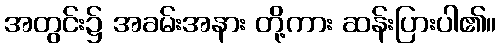
အတွင်း၌ အခမ်းအနား တို့ကား ဆန်းပြားပါ၏။